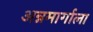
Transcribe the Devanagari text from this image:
अन्नमार्गाला